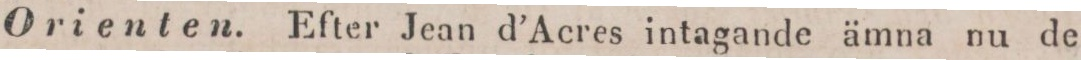
Orienten. Efter Jean d’Acres intagande ämna nu de